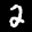
Label: 2